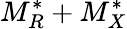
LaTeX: M_{R}^{*}+M_{X}^{*}